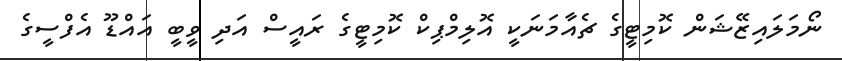
ނޯމަލައިޒޭޝަން ކޮމިޓީގެ ޗެއާމަނަކީ އޮލިމްޕިކް ކޮމިޓީގެ ރައީސް އަދި ވީބީ އައްޑޫ އެފްސީގެ